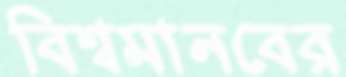
বিশ্বমানবের